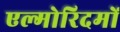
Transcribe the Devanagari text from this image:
एल्गोरिदमों